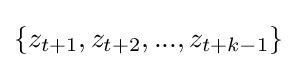
\{z_{t+1},z_{t+2},...,z_{t+k-1}\}